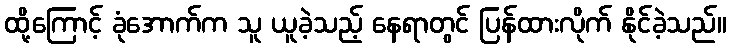
ထို့ကြောင့် ခုံအောက်က သူ ယူခဲ့သည့် နေရာတွင် ပြန်ထားလိုက် နိုင်ခဲ့သည်။